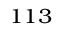
^ { 1 1 3 }